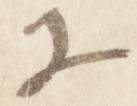
等